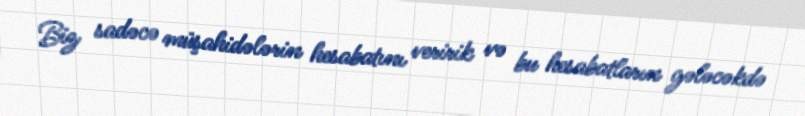
Biz sadəcə müşahidələrin hesabatını veririk və bu hesabatların gələcəkdə